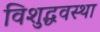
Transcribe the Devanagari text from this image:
विशुद्धवस्था